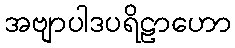
အဗျာပါဒပရိဠာဟော